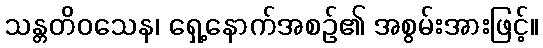
သန္တတိဝသေန၊ ရှေ့နောက်အစဉ်၏ အစွမ်းအားဖြင့်။